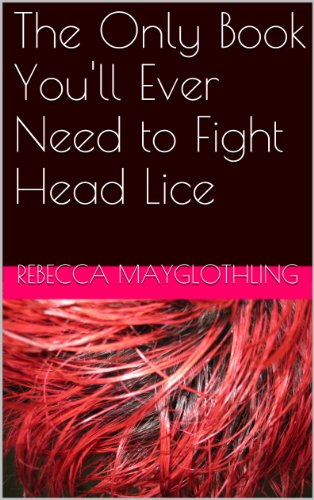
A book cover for The Only Book You'll Ever Need to Fight Head Lice; Rebecca Mayglothling; Health, Fitness & Dieting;